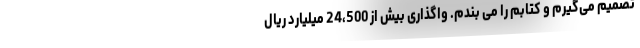
تصمیم می‌گیرم و کتابم را می بندم. واگذاری بیش از 24،500 میلیارد ریال